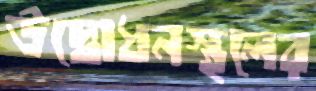
উদ্বোধনস্থলের